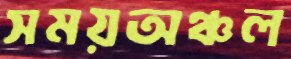
সময়অঞ্চল